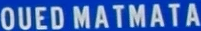
OUEDMATMATA